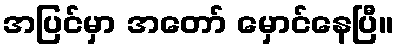
အပြင်မှာ အတော် မှောင်နေပြီ။